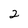
Character: 2